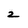
Character: 2